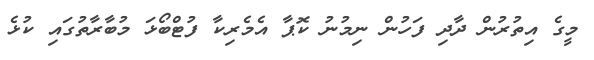
މީގެ އިތުރުން ދާދި ފަހުން ނިމުނު ކޮޕާ އެމެރިކާ ފުޓްބޯޅަ މުބާރާތުގައި ކުޅެ